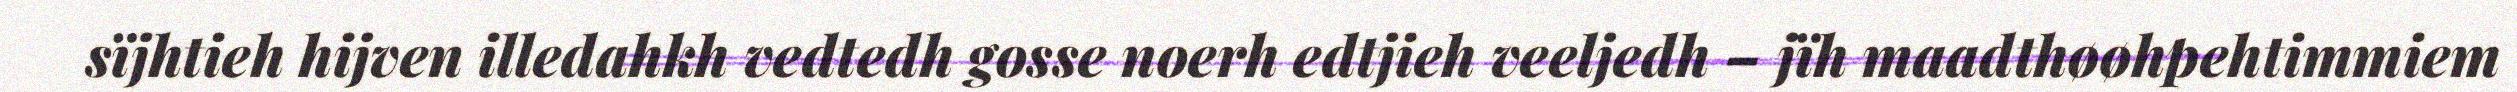
sïjhtieh hijven illedahkh vedtedh gosse noerh edtjieh veeljedh – jïh maadthøøhpehtimmiem